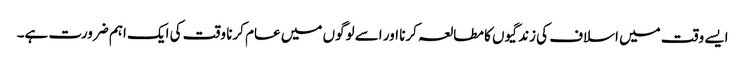
ایسے وقت میں اسلاف کی زندگیوں کا مطالعہ کرنا اور اسے لوگوں میں عام کرنا وقت کی ایک اہم ضرورت ہے۔